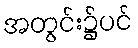
အတွင်း၌ပင်